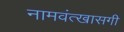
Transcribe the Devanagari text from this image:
नामवंत्खासगी